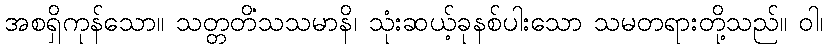
အစရှိကုန်သော။ သတ္တတိံသသမာနိ၊ သုံးဆယ့်ခုနစ်ပါးသော သမတရားတို့သည်။ ဝါ၊